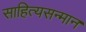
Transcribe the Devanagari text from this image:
साहित्यसन्मान